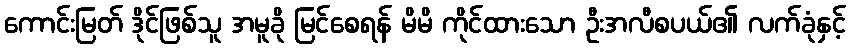
ကောင်းမြတ် ဒိုင်ဖြစ်သူ အမူခို မြင်စေရန် မိမိ ကိုင်ထားသော ဦးအလီစပယ်၏ လက်ခုံနှင့်